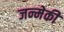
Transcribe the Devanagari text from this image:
जन्मेकी